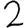
Digit: 2